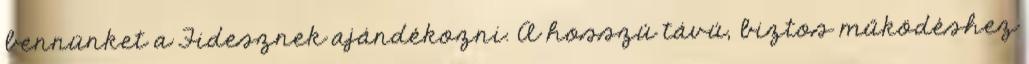
bennünket a Fidesznek ajándékozni. A hosszú távú, biztos működéshez